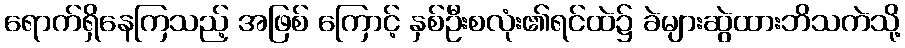
ရောက်ရှိနေကြသည့် အဖြစ် ကြောင့် နှစ်ဦးစလုံး၏ရင်ထဲ၌ ခဲများဆွဲထားဘိသကဲသို့